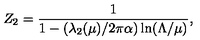
Z _ { 2 } = { \frac { 1 } { 1 - ( \lambda _ { 2 } ( \mu ) / 2 \pi \alpha ) \ln ( \Lambda / \mu ) } } ,